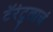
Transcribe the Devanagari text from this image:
टॅरंटुलाचं